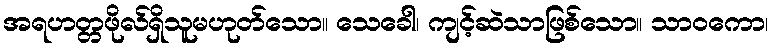
အရဟတ္တဖိုလ်ရှိသူမဟုတ်သော။ သေခေါ၊ ကျင့်ဆဲသာဖြစ်သော။ သာဝကော၊